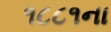
૧૮૮૧ના